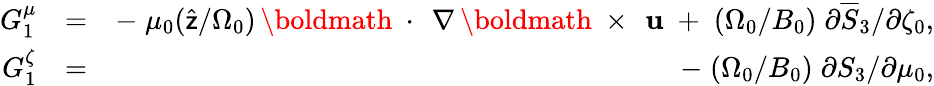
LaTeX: \begin{array}{rlr}{G_{1}^{\mu}}&{=}&{-\; \mu_{0}(\widehat{\sf z}/\Omega_{0})\, \mathrm{\boldmath~\cdot~}\, \nabla\, \mathrm{\boldmath~\times~}\, {\mathbf u}\; +\; (\Omega_{0}/B_{0})\; \partial\overline{{S}}_{3}/\partial\zeta_{0},}\\ {G_{1}^{\zeta}}&{=}&{-\; (\Omega_{0}/B_{0})\; \partial S_{3}/\partial\mu_{0},}\end{array}